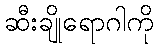
ဆီးချိုရောဂါကို